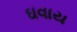
ઘવાય